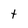
Character: t